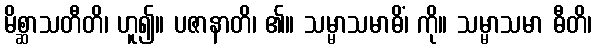
မိစ္ဆာသတီတိ၊ ဟူ၍။ ပဇာနာတိ၊ ၏။ သမ္မာသမာဓိံ၊ ကို။ သမ္မာသမာ ဓီတိ၊